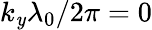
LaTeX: k_{\mathit{y}}\lambda_{0}/2\pi=0